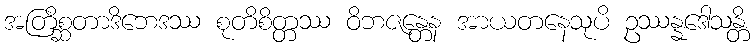
အတြိစ္ဆတာဒိဘေဒဿ စုတိစိတ္တဿ ဝိဘဇန္တေန အာယတနေသုပိ ဥဿန္နဒေါသန္တိ